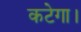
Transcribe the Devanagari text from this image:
कटेगा।